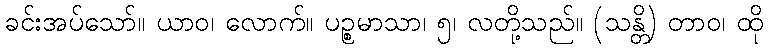
ခင်းအပ်သော်။ ယာဝ၊ လောက်။ ပဉ္စမာသာ၊ ၅၊ လတို့သည်။ (သန္တိ) တာဝ၊ ထို